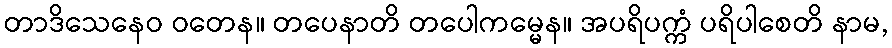
တာဒိသေနေဝ ဝတေန။ တပေနာတိ တပေါကမ္မေန။ အပရိပက္ကံ ပရိပါစေတိ နာမ,